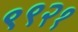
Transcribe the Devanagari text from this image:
९९२१